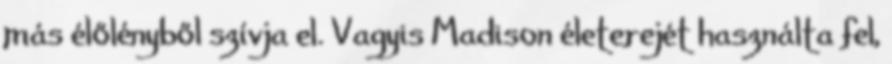
más élőlényből szívja el. Vagyis Madison életerejét használta fel,